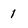
Character: 1